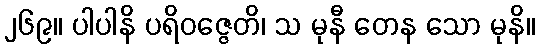
၂၆၉။ ပါပါနိ ပရိဝဇ္ဇေတိ၊ သ မုနီ တေန သော မုနိ။